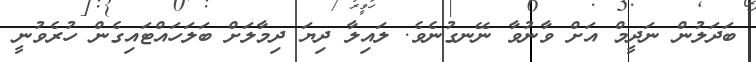
ބަދަލުން ނަދީމް އަށް ވާނުވާ ނޭނގުނެވެ. ލައިލާ ދިޔަ ދިމާލަށް ބަލަހައްޓައިގެން ހުރެވުނީ